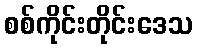
စစ်ကိုင်းတိုင်းဒေသ